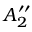
A _ { 2 } ^ { \prime \prime }